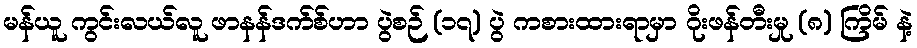
မန်ယူ ကွင်းလယ်လူ ဖာနန်ဒက်စ်ဟာ ပွဲစဉ် (၁၇) ပွဲ ကစားထားရာမှာ ဂိုးဖန်တီးမှု (၈) ကြိမ် နဲ့